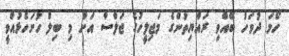
ހޯމަ ދުވަހު ބޭއްވި ރައްޔިތުންގެ މަޖިލީހުގެ ޖަލްސާ އަށް މި ބިލް ހުށަހެޅުއްވީ